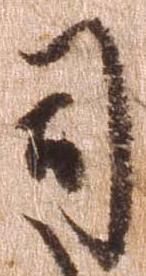
司